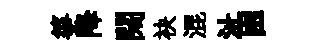
箏降闊袂混沚困